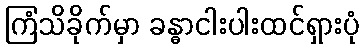
ကြံသိခိုက်မှာ ခန္ဓာငါးပါးထင်ရှားပုံ